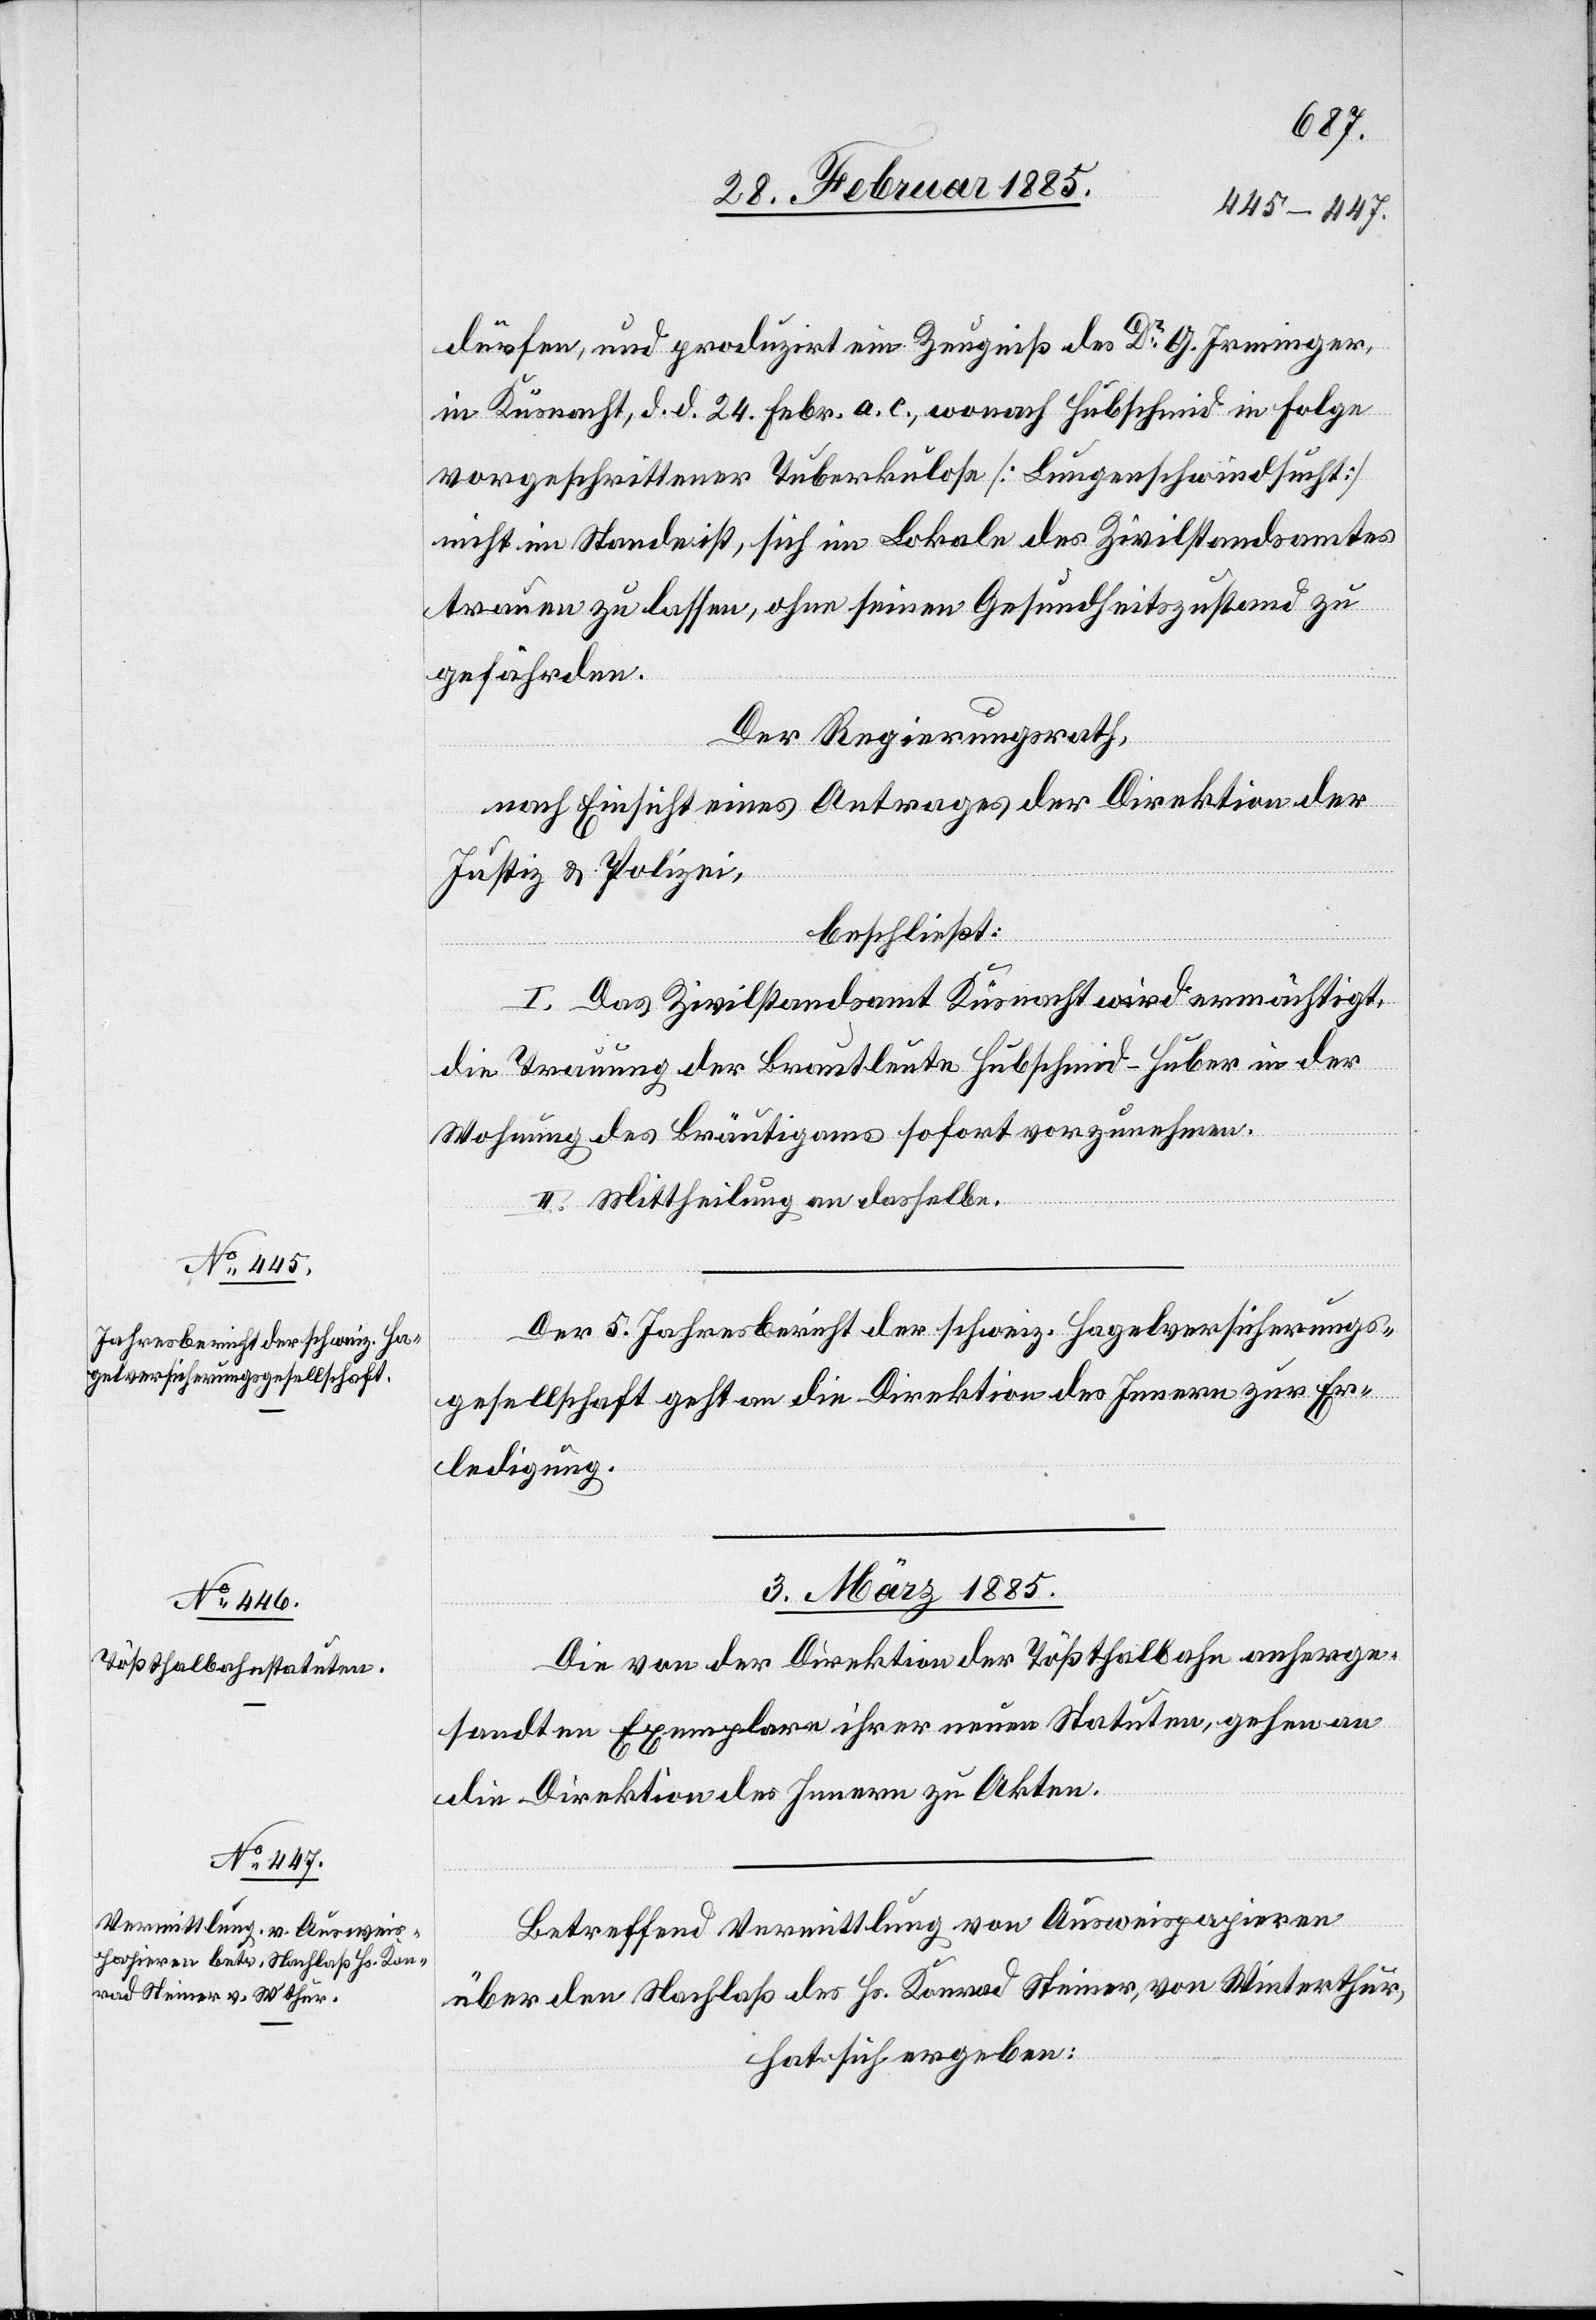
dürfen und produzirt ein Zeugniß des Dr G. Irminger,
in Küsnacht, d. d. 24. Febr. a. c., wonach Hubschmid in Folge
vorgeschrittener Tuberkulose [Lungenschwindsucht]
nicht im Stande ist, sich im Lokale des Zivilstandsamtes
trauen zu lassen, ohne seinen Gesundheitszustand zu
gefährden.
Der Regierungsrath,
nach Einsicht eines Antrages der Direktion der
Justiz & Polizei,
beschließt:
I. Das Zivilstandsamt Küsnacht wird ermächtigt,
die Trauung der Brautleute Hubschmid-Huber in der
Wohnung des Bräutigams sofort vorzunehmen.
II. Mittheilung an dasselbe.
Der 5. Jahresbericht der schweiz. Hagelversicherungs¬
gesellschaft geht an die Direktion des Innern zur Er¬
ledigung.
3. März 1885.]
Die von der Direktion der Tößthalbahn anherge¬
sandten Exemplare ihrer neuen Statuten, gehen an
die Direktion des Innern zu Akten.
Betreffend Vermittlung von Ausweispapieren
über den Nachlaß des Hr. Konrad Steiner, von Winterthur,
hat sich ergeben: